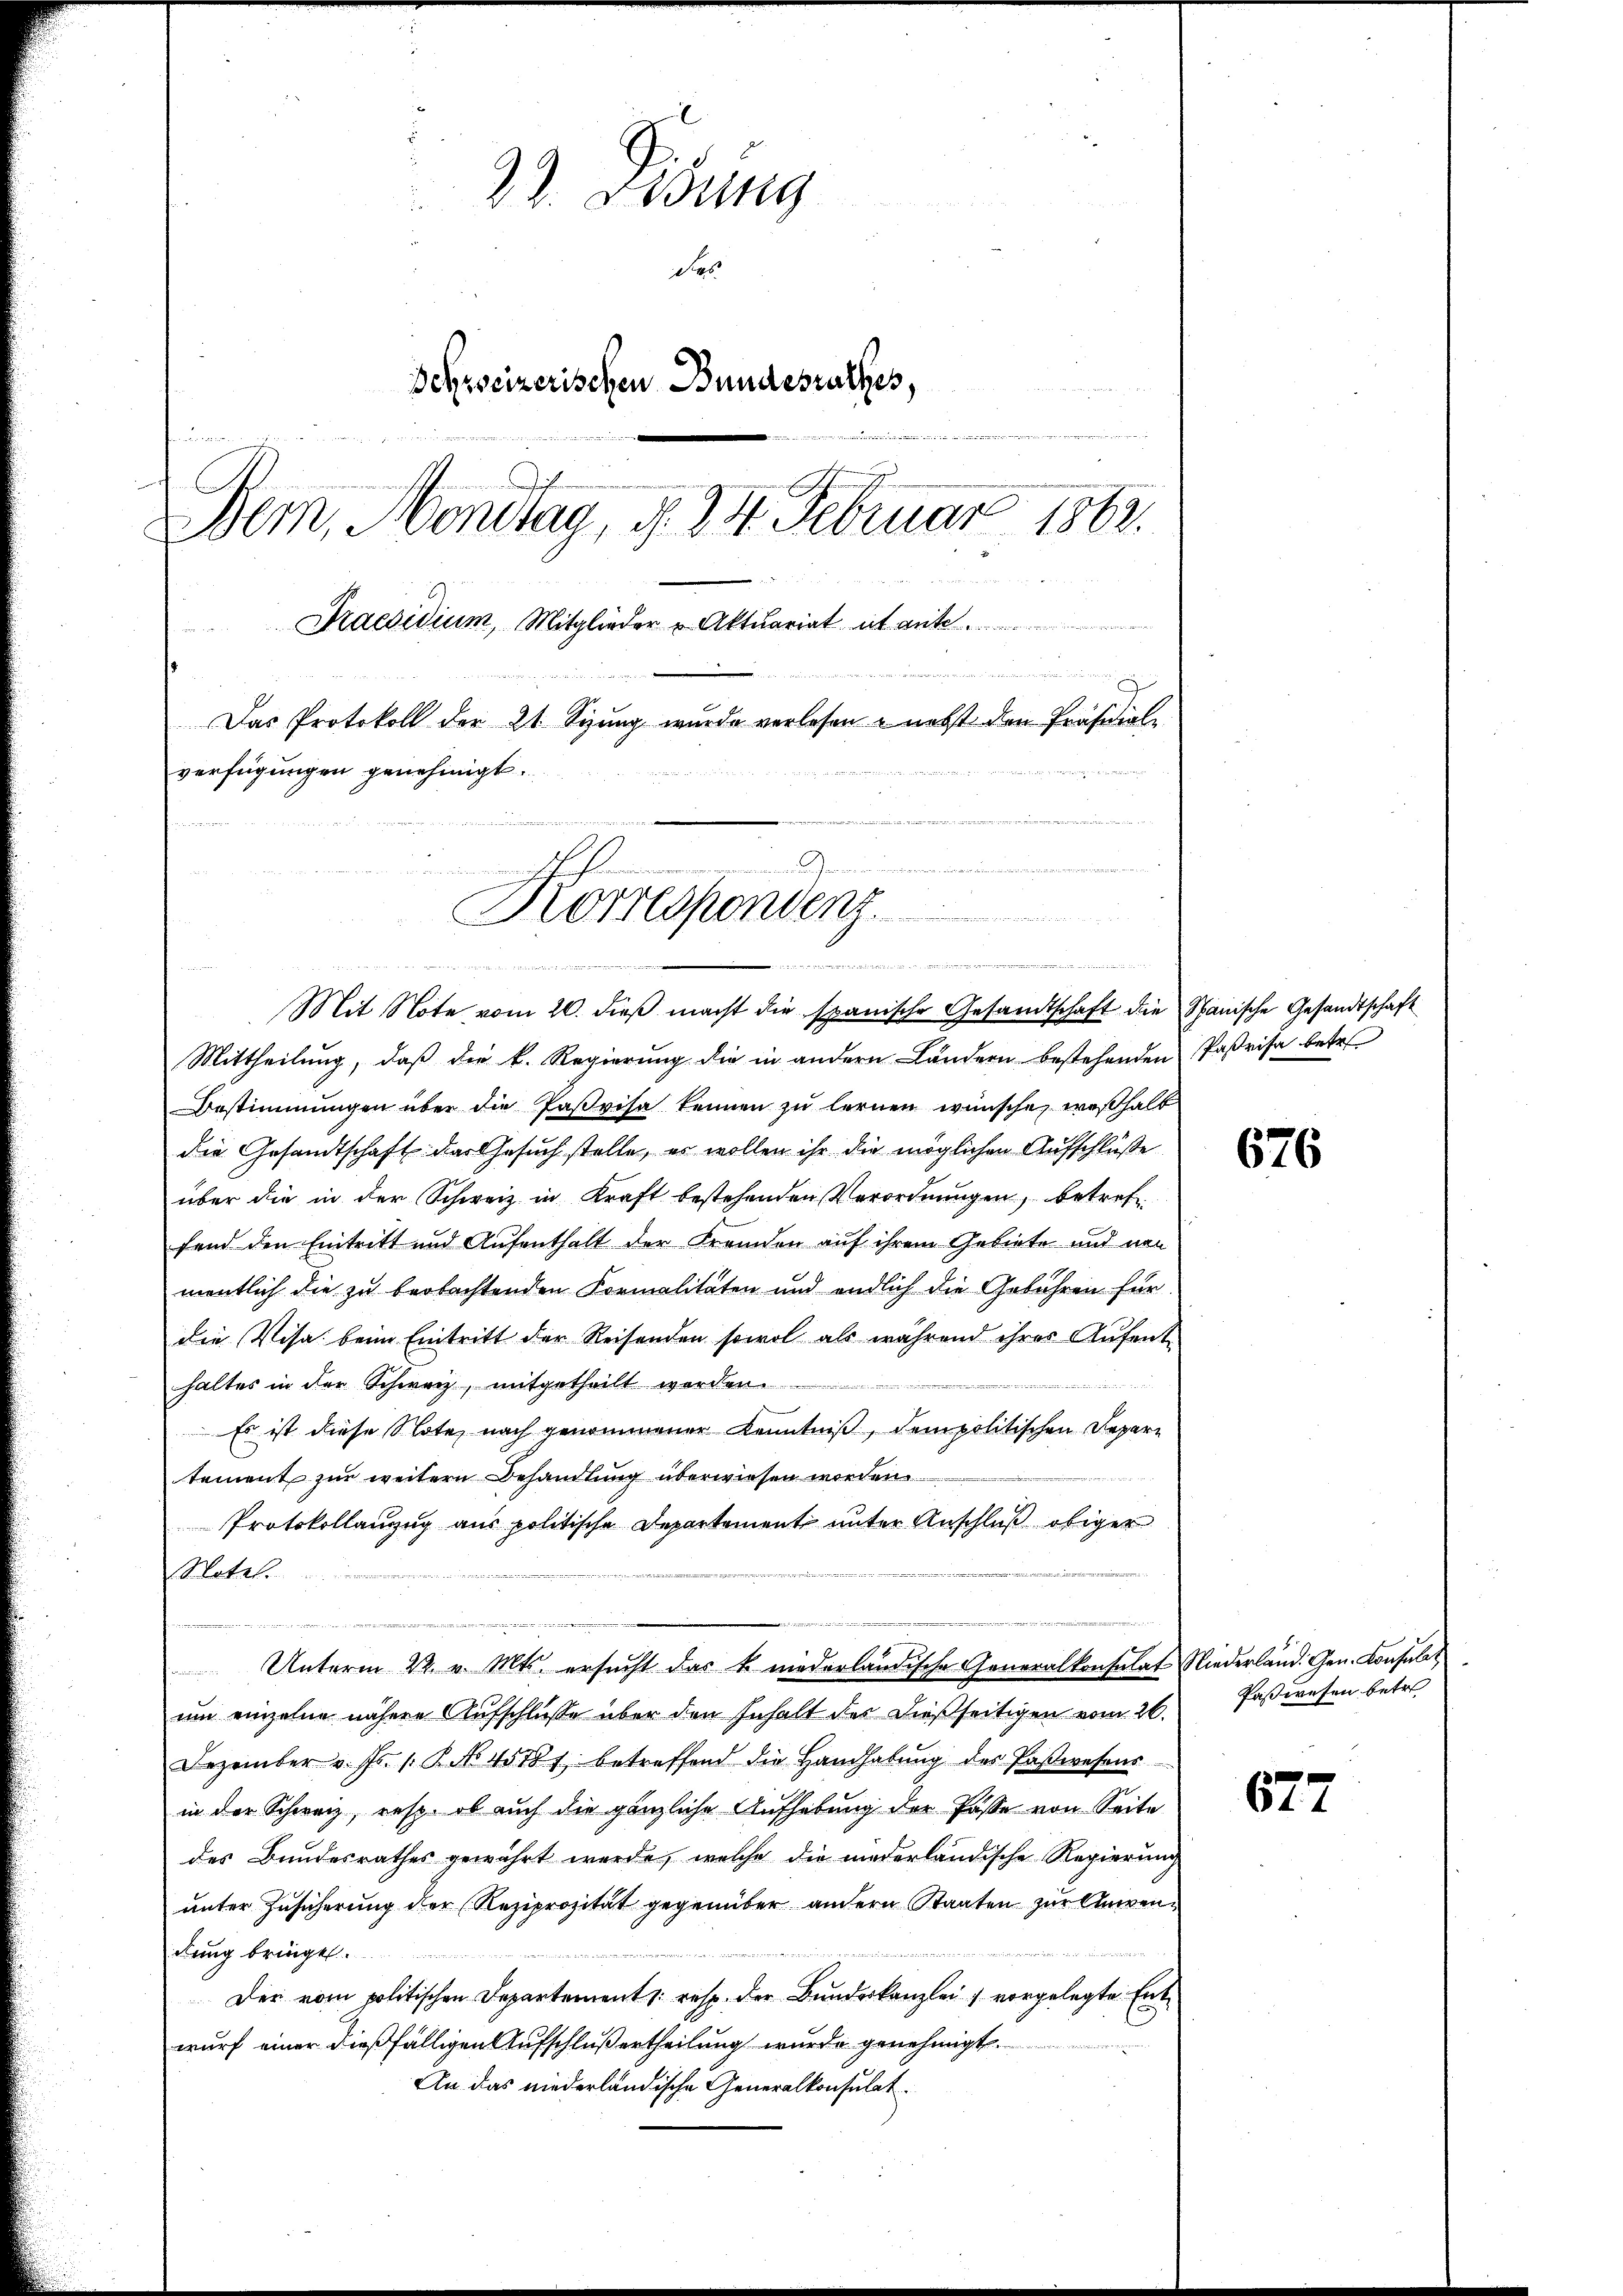
23. Sedung
d
des
Schreizerischen Bundesrathes,
n
e
he
Bern, Montag, d. 24. Februar 1862.
Praesidium, Mitglieder „Aktuariat et ank
wesen den Be

Das Protokoll der 21. Sizung wurde verlesen - nebst den Präsidial-

verfügungen genehmigt.
a
Korrespondenz.

verneren, die der den die es in den der einer von der bereine eine beidenden in der die einer die
Mit Note vom 20. dieβ macht die spanische Gesandtschaft die Spanische Gesandtschaft

Mittheilŭng, daβ die k. Regierŭng die in andern Ländern bestehenden Parisa betr.
Bestimmungen über die Paßvisa kennen zu lernen wünsche, weshalt
die Gesandtschaft das Gesuch stelle, es wollen ihr die möglichen Aufschlüße
über die in der Schweiz in Kraft bestehenden Verordnungen, betref
fend den Eintritt und Aufenthalt der Fremden auf ihrem Gebiete und von
mentlich die zu beobachtenden Formalitäten und endlich die Gebühren für
die Visa beim Eintritt der Reisenden sowol als während ihres Aufent-
haltes in der Schweiz, mitgetheilt werden.
Es ist diese Note nach genommener Kenntniß, dem politischen Departement zur weitern Behandlung überwiesen worden
Protokollanzug aus politische Departement unter Anschluß obiger
Notel.
B
 Unterm 22. v. Mts. ersŭcht das k. niederländische Generalkonsulat Niederland. Gen. Consulat
um einzelne nähere Aufschlüße über den Inhalt des dießseitigen vom 26.
Dezember v. Js. s. B. No. 45781 betreffend die Handhabŭng des Paβwesens
in der Schweiz, resp. ob auch die gänzliche Aufhebung der Pässe von Seite
des Bundesrathes gewährt werde, welche die niederländische Regierung
unter Zusicherung der (Reziprosität gegenüber andern Staaten zur Anwendung bringe.
d
Der vom politischen Departement /: resp. der Bundeskanzlei 1 vorgelegte Entwurf einer dießfälligen Aufschluß ertheilung wurde genehmigt.
An das niederländische Generalkonsulat

676

Paßwesen betr

677